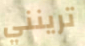
ترينني